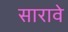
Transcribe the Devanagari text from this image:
सारावे